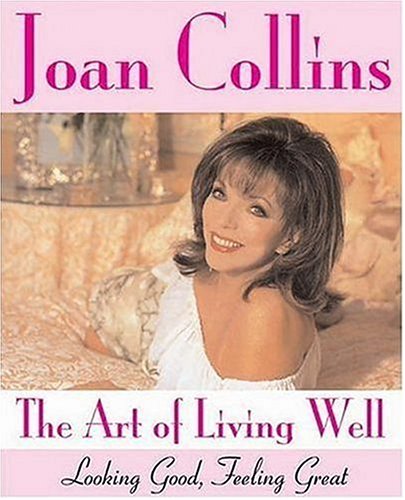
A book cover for The Art of Living Well: Looking Good, Feeling Great; Joan Collins; Health, Fitness & Dieting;